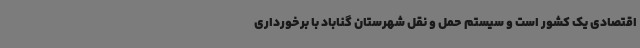
اقتصادی یک کشور است و سیستم حمل و نقل شهرستان گناباد با برخورداری